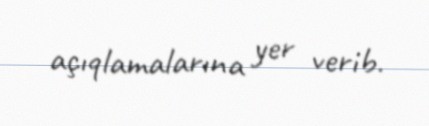
açıqlamalarına yer verib.